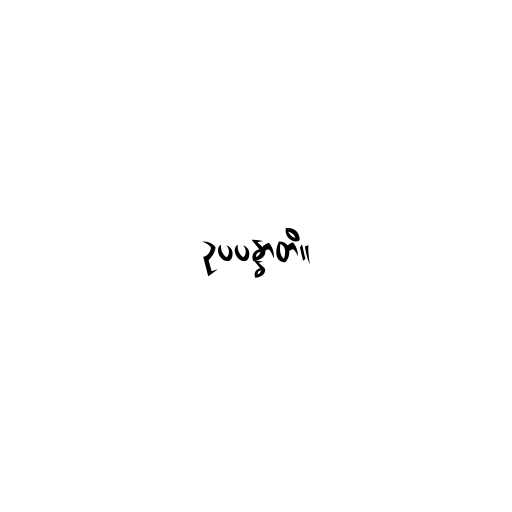
ဥပပန္နာတိ။